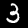
Label: 3